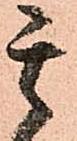
其